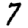
Digit: 7